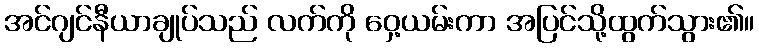
အင်ဂျင်နီယာချုပ်သည် လက်ကို ဝှေ့ယမ်းကာ အပြင်သို့ထွက်သွား၏။